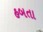
હબતા